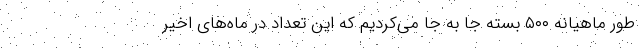
طور ماهیانه ۵۰۰ بسته جا به جا می‌کردیم که این تعداد در ماه‌های اخیر